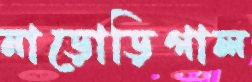
নাড়োড়িগাল